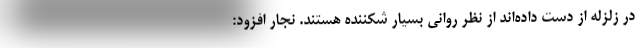
در زلزله از دست داده‌اند از نظر روانی بسیار شکننده هستند. نجار افزود: